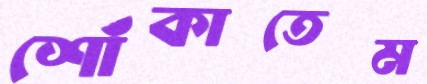
শোঁকাতেম